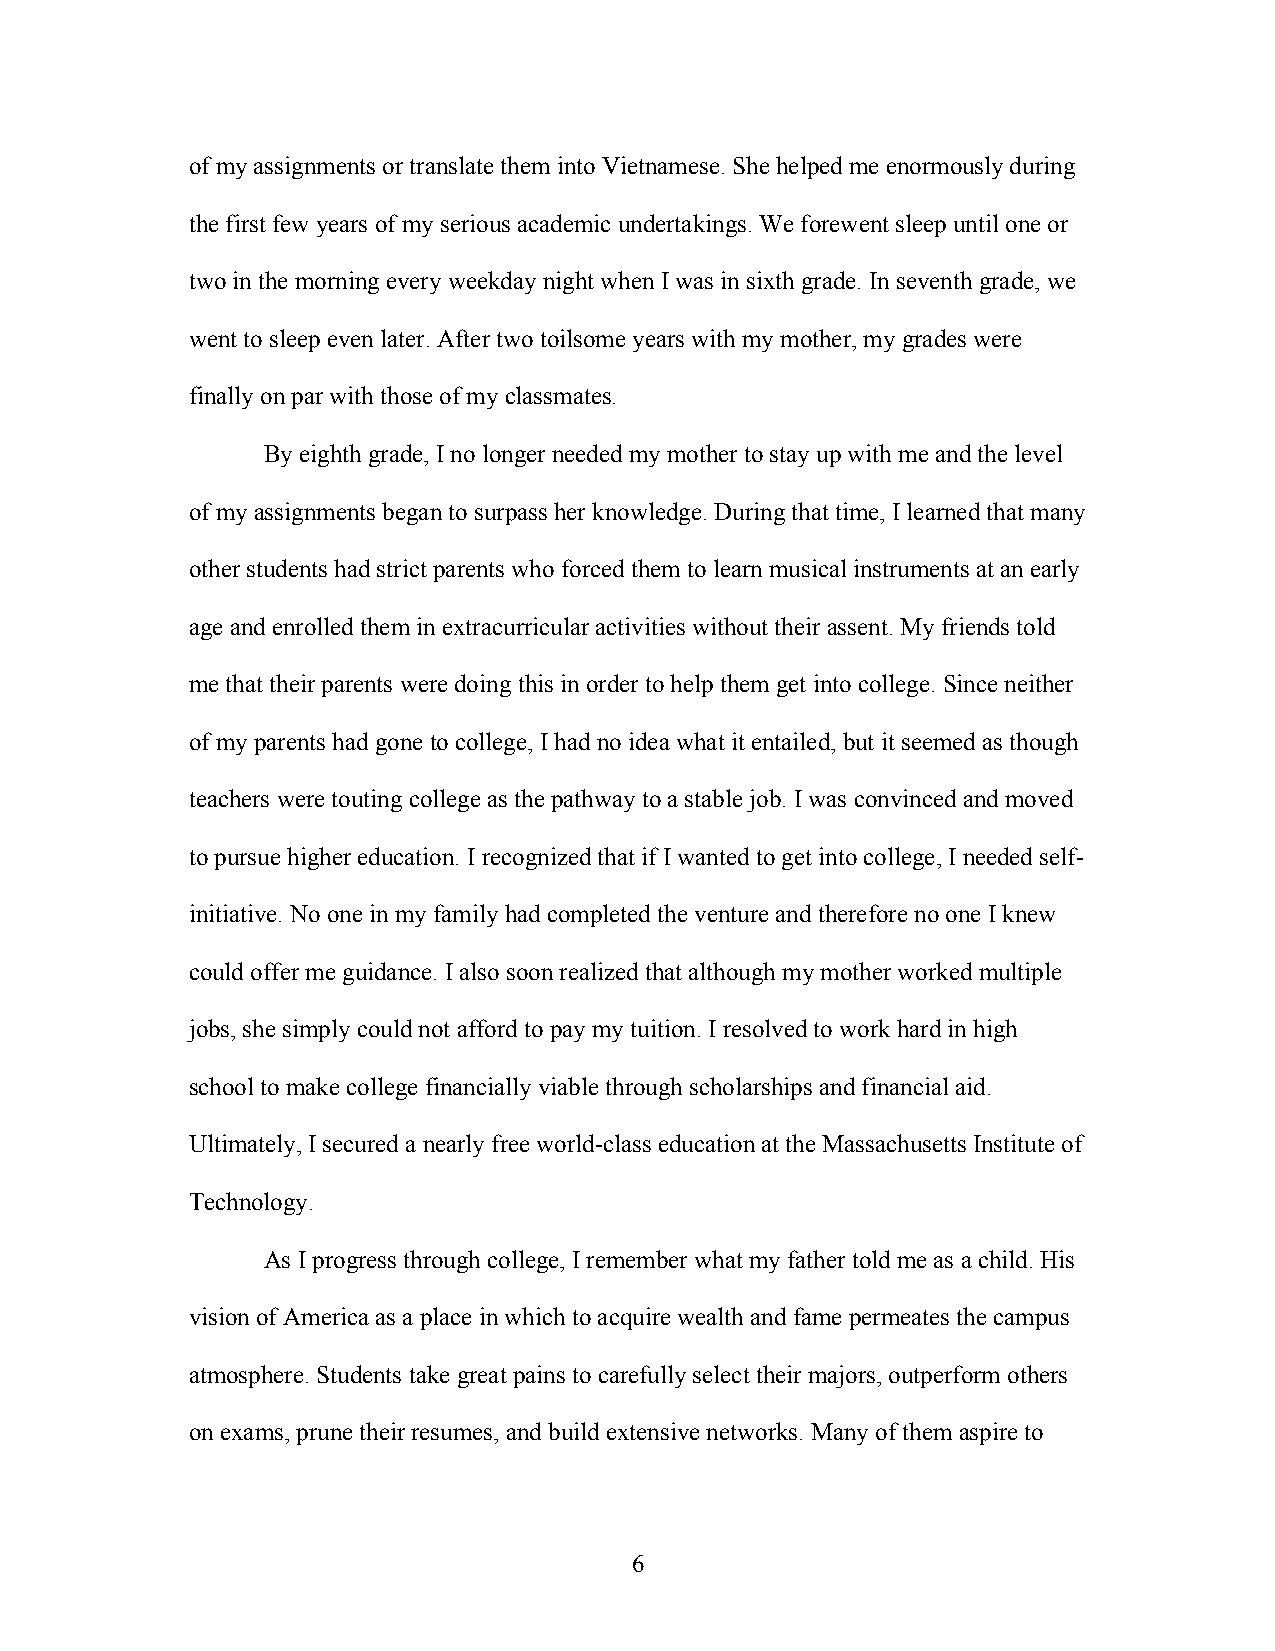
of my assignments or translate them into Vietnamese. She helped me enormously during
 the first few years of my serious academic undertakings. We forewent sleep until one or
 two in the morning every weekday night when I was in sixth grade. In seventh grade, we
 went to sleep even later. After two toilsome years with my mother, my grades were
 finally on par with those of my classmates.
 By eighth grade, I no longer needed my mother to stay up with me and the level
 of my assignments began to surpass her knowledge. During that time, I learned that many
 other students had strict parents who forced them to learn musical instruments at an early
 age and enrolled them in extracurricular activities without their assent. My friends told
 me that their parents were doing this in order to help them get into college. Since neither
 of my parents had gone to college, I had no idea what it entailed, but it seemed as though
 teachers were touting college as the pathway to a stable job. I was convinced and moved
 to pursue higher education. I recognized that if I wanted to get into college, I needed self-
 initiative. No one in my family had completed the venture and therefore no one I knew
 could offer me guidance. I also soon realized that although my mother worked multiple
 jobs, she simply could not afford to pay my tuition. I resolved to work hard in high
 school to make college financially viable through scholarships and financial aid.
 Ultimately, I secured a nearly free world-class education at the Massachusetts Institute of
 Technology.
 As I progress through college, I remember what my father told me as a child. His
 vision of America as a place in which to acquire wealth and fame permeates the campus
 atmosphere. Students take great pains to carefully select their majors, outperform others
 on exams, prune their resumes, and build extensive networks. Many of them aspire to
 6